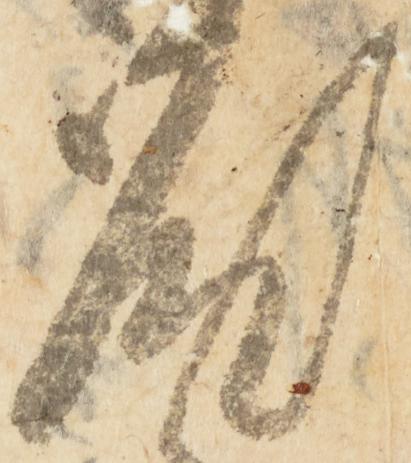
汰